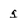
Character: g